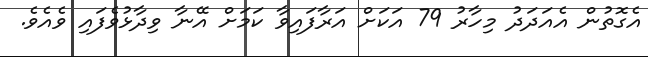
އެގޮތުން އެއަދަދު މިހާރު 79 އަކަށް އަރާފައިވާ ކަމަށް އޭނާ ވިދާޅުވެފައި ވެއެވެ.